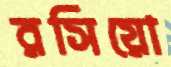
রসিয়ো